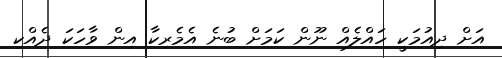
އަށް ދިއުމަކީ ހައްލެއް ނޫން ކަމަށް ބުނެ އެމެރިކާ އިން ވާހަކަ ދެއްކި